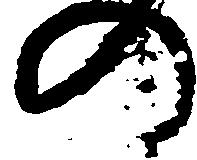
の